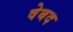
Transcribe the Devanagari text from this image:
वेबद